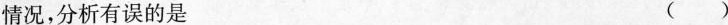
情况，分析有误的是 ( )